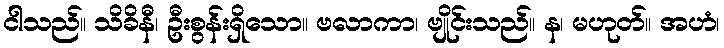
ငါသည်။ သိခိနီ၊ ဦးစွန်းရှိသော။ ဗလာကာ၊ ဗျိုင်းသည်။ န၊ မဟုတ်။ အဟံ၊